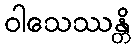
ဝါသေဿန္တိ